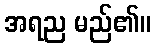
အရည မည်၏။